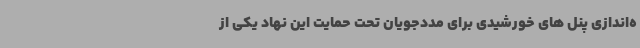
ه‌اندازی پنل های خورشیدی برای مددجویان تحت حمایت این نهاد یکی از